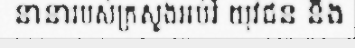
នានារបស់ក្រសួងអប់រំ យុវជន និង